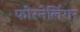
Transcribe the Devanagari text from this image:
फोरनेलिंगर